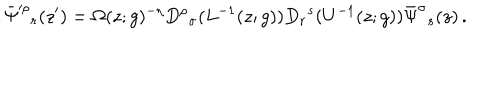
LaTeX: \bar { \Psi } ^ { \prime \rho } { } _ { r } ( z ^ { \prime } ) = \Omega ( z ; g ) ^ { - \eta } D ^ { \rho } { } _ { \sigma } ( L ^ { - 1 } ( z ; g ) ) D _ { r } { } ^ { s } ( U ^ { - 1 } ( z ; g ) ) \bar { \Psi } ^ { \sigma } { } _ { s } ( z ) \, .